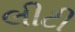
લીટી